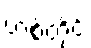
ဟစ်တိုင်